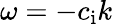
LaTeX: \omega=-c_{\mathrm{i}}k